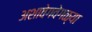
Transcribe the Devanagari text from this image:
अशावेगवेगळ्या